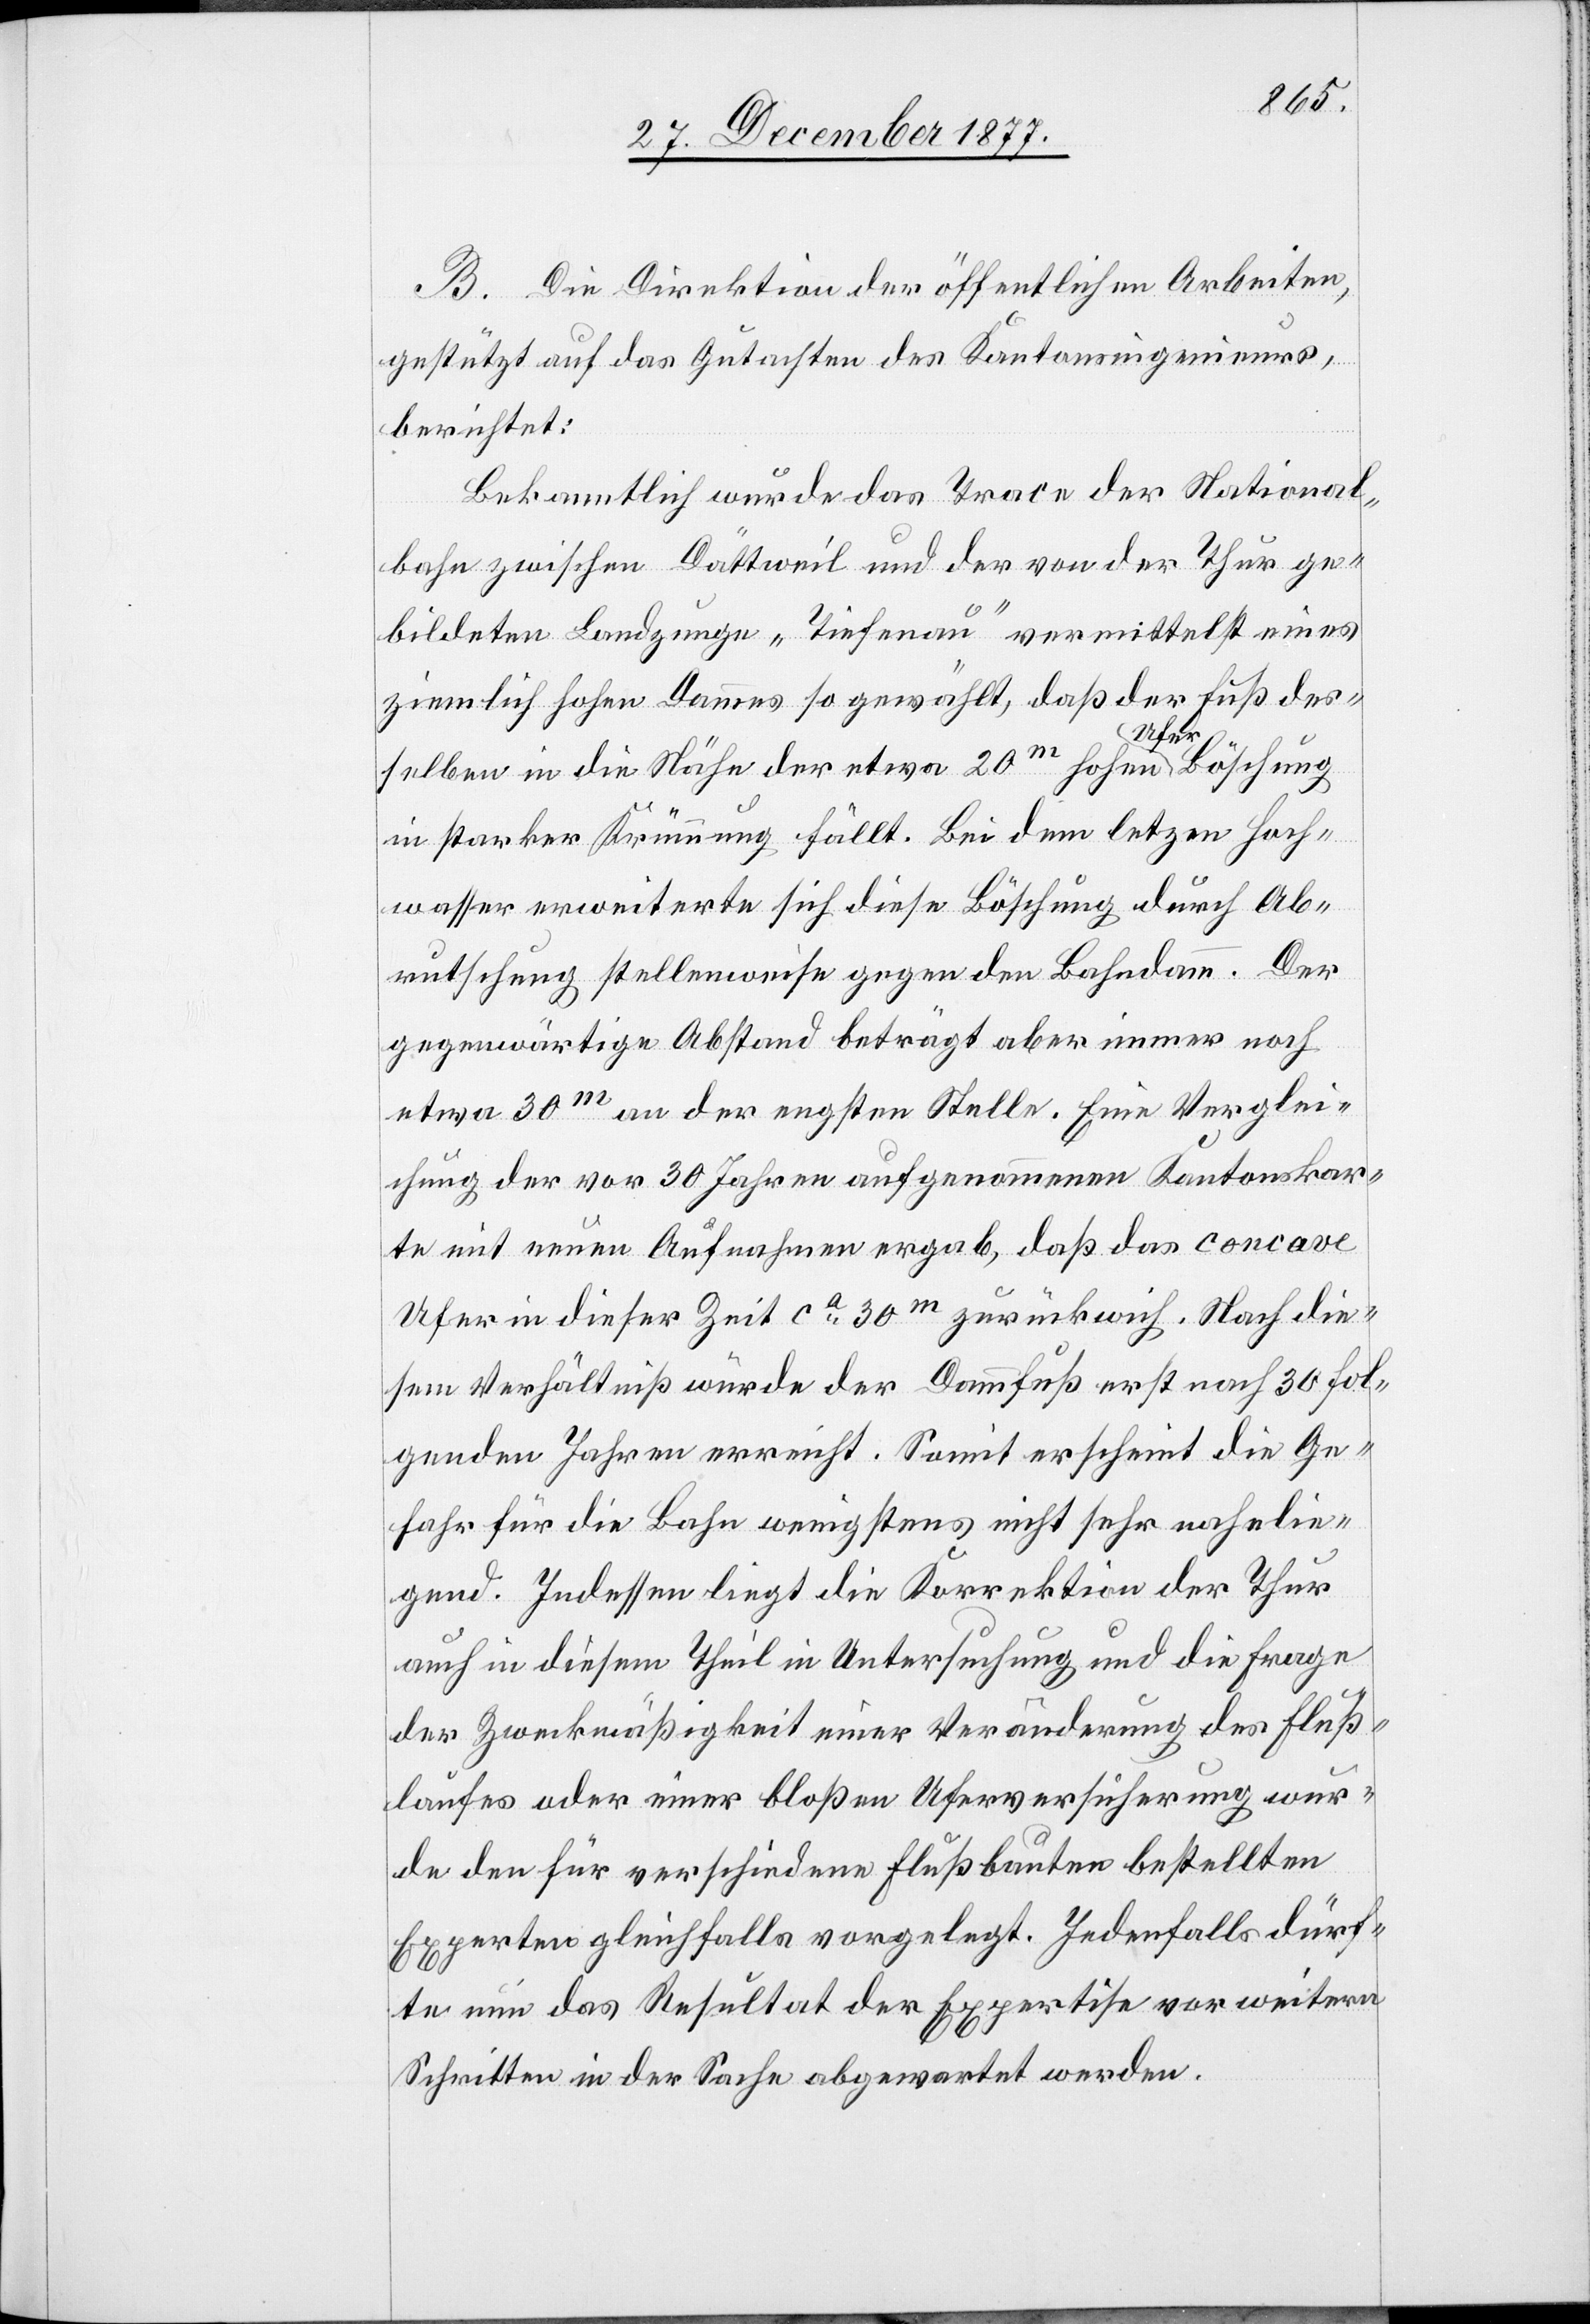
B. Die Direktion der öffentlichen Arbeiten,
gestützt auf das Gutachten des Kantonsingenieurs,
berichtet:
Bekanntlich wurde das Trace der National¬
bahn zwischen Dättweil und der von der Thur ge¬
bildeten Landzunge „Tiefenau“ vermittelst eines
ziemlich hohen Dammes so gewählt, daß der Fuß des¬
selben in die Nähe der etwa 20m hohen Ufer Böschung
in starker Krümmung fällt. Bei dem letz[t]en Hoch¬
wasser erweiterte sich diese Böschung durch Ab¬
rutschung stellenweise gegen den Bahndamm. Der
gegenwärtige Abstand beträgt aber immer noch
etwa 30m an der engsten Stelle. Eine Verglei¬
chung der vor 30 Jahren aufgenommenen Kantonskar¬
te mit neuen Aufnahmen ergab, daß das concave
Ufer in dieser Zeit ca 30m zurückwich. Nach die¬
sem Verhältniß würde der Dammfuß erst nach 30 fol¬
genden Jahren erreicht. Somit erscheint die Ge¬
fahr für die Bahn wenigstens nicht sehr nahelie¬
gend. Indessen liegt die Korrektion der Thur
auch in diesem Theil in Untersuchung und die Frage
der Zweckmäßigkeit einer Veränderung des Fluß¬
laufes oder einer bloßen Uferversicherung wur¬
de den für verschiedene Flußbauten bestellten
Experten gleichfalls vorgelegt. Jedenfalls dürf¬
te nun das Resultat der Expertise vor weitern
Schritten in der Sache abgewartet werden.